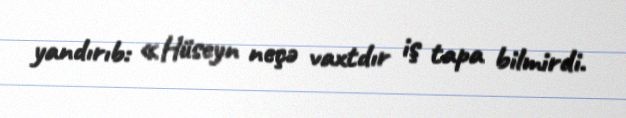
yandırıb: «Hüseyn neçə vaxtdır iş tapa bilmirdi.